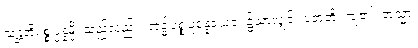
သန္တတိပစ္စုပ္ပန္နမ္ပိ၊ သည်လည်း။ အဒ္ဓါပစ္စုပ္ပန္နေယေဝ၊ ၌သာလျှင်။ ပတတိ၊ ကျ၏။ တသ္မာ၊